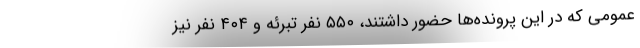
عمومی که در این پرونده‌ها حضور داشتند، ۵۵۰ نفر تبرئه و ۴۰۴ نفر نیز